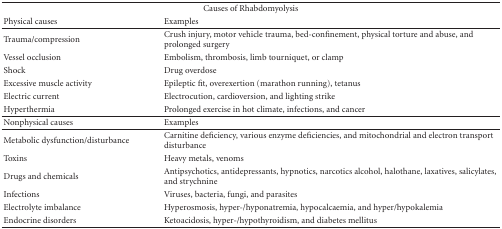
| <COLSPAN=2> Causes of Rhabdomyolysis |
 | Physical causes | Examples |
 | --- | --- |
 | Trauma/compression | Crush injury, motor vehicle trauma, bed-confinement, physical torture and abuse, and prolonged surgery |
 | Vessel occlusion | Embolism, thrombosis, limb tourniquet, or clamp |
 | Shock | Drug overdose |
 | Excessive muscle activity | Epileptic fit, overexertion (marathon running), tetanus |
 | Electric current | Electrocution, cardioversion, and lighting strike |
 | Hyperthermia | Prolonged exercise in hot climate, infections, and cancer |
 | Nonphysical causes | Examples |
 | Metabolic dysfunction/disturbance | Carnitine deficiency, various enzyme deficiencies, and mitochondrial and electron transport disturbance |
 | Toxins | Heavy metals, venoms |
 | Drugs and chemicals | Antipsychotics, antidepressants, hypnotics, narcotics alcohol, halothane, laxatives, salicylates, and strychnine |
 | Infections | Viruses, bacteria, fungi, and parasites |
 | Electrolyte imbalance | Hyperosmosis, hyper-/hyponatremia, hypocalcaemia, and hyper/hypokalemia |
 | Endocrine disorders | Ketoacidosis, hyper-/hypothyroidism, and diabetes mellitus |